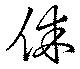
休